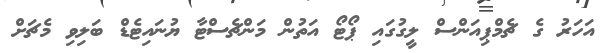
އަހަރު ގެ ޗެމްޕިއަންސް ލީގުގައި ޕޯޓޯ އަތުން މަންޗެސްޓާ ޔުނައިޓެޑް ބަލިވި މެޗަށް